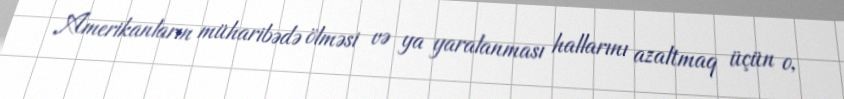
Amerikanların müharibədə ölməsi və ya yaralanması hallarını azaltmaq üçün o,